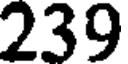
239